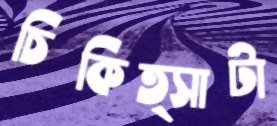
চিকিত্সাটা